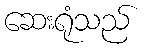
ဆေးရုံသည်